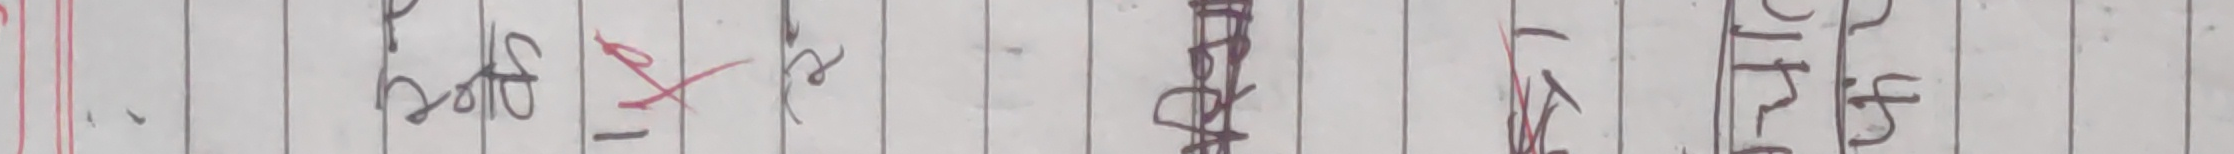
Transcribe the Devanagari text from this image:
बनाउने काम